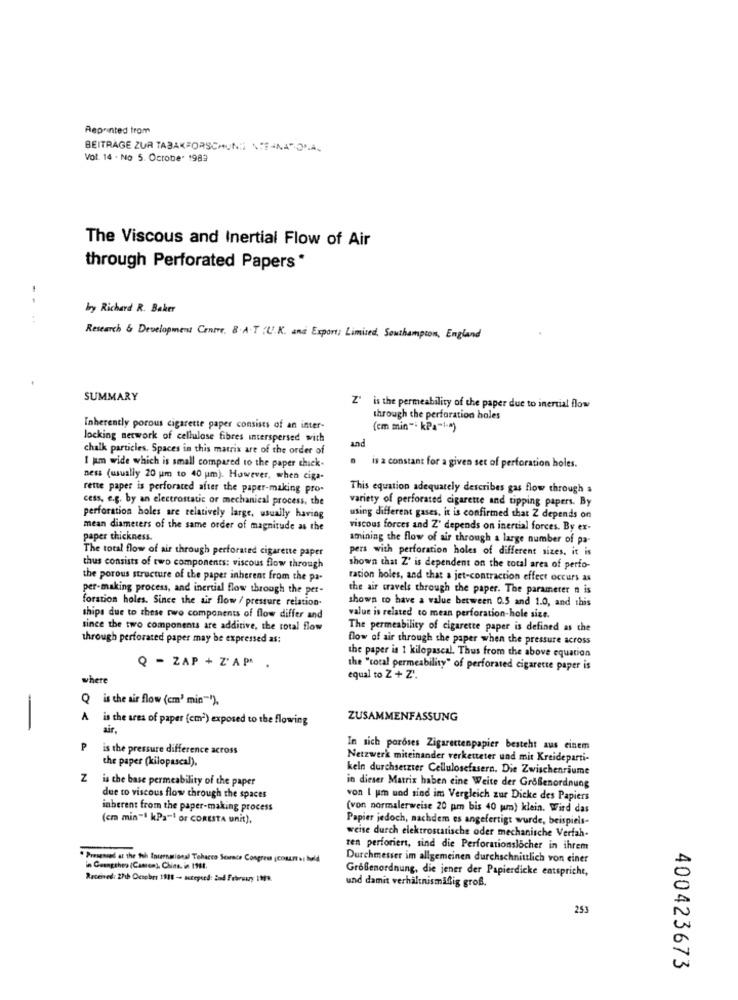
Reprinted from
BEITRÄGE ZUR TABAKFORSCHUNG NIEJNATOŁA-
Vol. 14 . No 5. October 1989
The Viscous and Inertial Flow of Air
through Perforated Papers"
..
by Richard R. Baker
Research & Development Centre. B.A.T . U.K. and Export; Limited, Southampton, England
SUMMARY
Z' is the permeability of the paper due to inertial flow
through the perforation holes
Inherently porous cigarette paper consists of an inter-
(em min"- kPa"1")
locking network of cellulase fibres interspersed with
and
chalk particles. Spaces in this matrix are of the order of
I pm wide which is small compared to the paper chick.
is a constant for a given set of perforation holes.
ness (usually 20 um to 40 um). However, when ciga-
rente paper is perforated after the paper-making pro-
This equation adequately describes gas flow through a
cess, e.g. by an electrostatic or mechanical process, the
variety of perforated cigarette and tipping papers. By
perforation holes are relatively large, usually having
using different gases. it is confirmed that Z depends on
mean diameters of the same order of magnitude as the
viscous forces and Z' depends on inertial forces. By ex-
paper thickness.
amining the flow of air through a large number of pa-
The total flow of air through perforated cigarette paper
pers with perforation holes of different sizes. it is
thus consists of two components: viscous flow through
shown that Z' is dependent on the total area of perfo-
the porous structure of the paper inherent from the pa-
racion holes, and that a jet-contraction effect occurs as
per-making process, and inertial flow through the per-
the air travels through the paper. The parameter n is
foration holes. Since the air flow / pressure relation-
shown to have a value between 0.5 and 1.0, and this
ships due to these rvo components of flow differ and
value is related to mean perforation-hole size.
since the two components are additive, the total flow
The permeability of cigarette paper is defined as the
through perforated paper may be expressed as:
flow of air through the paper when the pressure across
the paper is 1 kilopascal. Thus from the above equation
Q - ZAP + Z' AP^ .
the "total permeability" of perforated cigarette paper is
where
equal to Z + Z'.
Q is the air flow (em' min"").
A is the area of paper (cm?) exposed to the flowing
ZUSAMMENFASSUNG
-
air.
P
is the pressure difference across
In sich poroses Zigarettenpapier besteht aus einem
the paper (kilopascal).
Netzwerk miteinander verketteter und mit Kreideparti-
keln durchsetzter Cellulosefasern. Die Zwischenräume
Z is the base permeability of the paper
in dieser Matrix haben eine Weite der Großenordnung
due to viscous flow through the spaces
von I um und sind im Vergleich zur Dicke des Papiers
inherent from the paper-making process
(von normalerweise 20 pm bis 40 pm) klein. Wird das
(cm min"1 kPa-1 or CORESTA unit),
Papier jedoch, nachdem es angefertigt wurde, beispiels-
weise durch elektrostatische oder mechanische Verfah-
zen perforiert, sind die Perforationslöcher in ihrem
. Presented at the Th International Tobacco Seurace Congress (CDRLIT &: bold
Durchmesser im allgemeinen durchschnittlich von einer
a Geengahes (Camen), Chine. in 1981.
Großenordnung, die jener der Papierdicke entspricht,
Received: 27th Ocsebrs 1818 -- stepced: 2nd February 1999.
und damit verhältnismäßig groß.
253
400423673